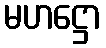
မဟဋ္ဌော